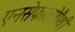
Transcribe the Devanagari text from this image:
एनसेफालोपैथी